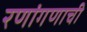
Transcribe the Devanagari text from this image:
रणांगणाची